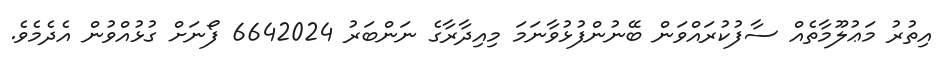
އިތުރު މަޢުލޫމާތެއް ސާފުކުރައްވަން ބޭނުންފުޅުވާނަމަ މިއިދާރާގެ ނަންބަރު 6642024 ފޯނަށް ގުޅުއްވުން އެދެމެވެ.